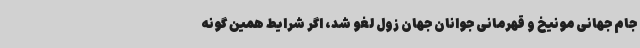
جام جهانی مونیخ و قهرمانی جوانان جهان زول لغو شد، اگر شرایط همین گونه